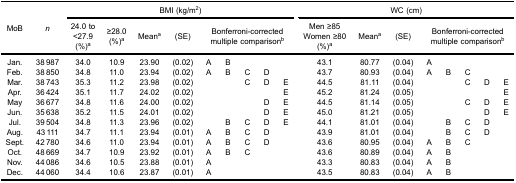
<table><thead><tr><td rowspan="3"><b>MoB</b></td><td rowspan="3"><b><i>n</i></b></td><td colspan="9"><b>BMI (kg/m<sup>2</sup>)</b></td><td colspan="8"><b>WC (cm)</b></td></tr><tr><td><b>24.0 to&lt;27.9(%)<sup>a</sup></b></td><td><b>≥28.0(%)<sup>a</sup></b></td><td><b>Mean<sup>a</sup></b></td><td><b>(SE)</b></td><td colspan="5"><b>Bonferroni-correctedmultiple comparison<sup>b</sup></b></td><td><b>Men ≥85Women ≥80(%)<sup>a</sup></b></td><td><b>Mean<sup>a</sup></b></td><td><b>(SE)</b></td><td colspan="5"><b>Bonferroni-correctedmultiple comparison<sup>b</sup></b></td></tr></thead><tbody><tr><td>Jan.</td><td>38 987</td><td>34.0</td><td>10.9</td><td>23.90</td><td>(0.02)</td><td>A</td><td>B</td><td> </td><td> </td><td> </td><td>43.1</td><td>80.77</td><td>(0.04)</td><td>A</td><td> </td><td> </td><td> </td><td> </td></tr><tr><td>Feb.</td><td>38 850</td><td>34.8</td><td>11.0</td><td>23.94</td><td>(0.02)</td><td>A</td><td>B</td><td>C</td><td>D</td><td> </td><td>43.7</td><td>80.93</td><td>(0.04)</td><td>A</td><td>B</td><td>C</td><td> </td><td> </td></tr><tr><td>Mar.</td><td>38 743</td><td>35.3</td><td>11.2</td><td>23.98</td><td>(0.02)</td><td> </td><td> </td><td>C</td><td>D</td><td>E</td><td>44.5</td><td>81.11</td><td>(0.04)</td><td> </td><td> </td><td>C</td><td>D</td><td>E</td></tr><tr><td>Apr.</td><td>36 424</td><td>35.1</td><td>11.7</td><td>24.02</td><td>(0.02)</td><td> </td><td> </td><td> </td><td> </td><td>E</td><td>45.2</td><td>81.24</td><td>(0.05)</td><td> </td><td> </td><td> </td><td> </td><td>E</td></tr><tr><td>May</td><td>36 677</td><td>34.8</td><td>11.6</td><td>24.00</td><td>(0.02)</td><td> </td><td> </td><td> </td><td>D</td><td>E</td><td>44.5</td><td>81.14</td><td>(0.05)</td><td> </td><td> </td><td>C</td><td>D</td><td>E</td></tr><tr><td>Jun.</td><td>35 638</td><td>35.2</td><td>11.5</td><td>24.01</td><td>(0.02)</td><td> </td><td> </td><td> </td><td>D</td><td>E</td><td>45.0</td><td>81.21</td><td>(0.05)</td><td> </td><td> </td><td> </td><td>D</td><td>E</td></tr><tr><td>Jul.</td><td>39 504</td><td>34.8</td><td>11.3</td><td>23.96</td><td>(0.02)</td><td> </td><td>B</td><td>C</td><td>D</td><td>E</td><td>44.1</td><td>81.01</td><td>(0.04)</td><td> </td><td>B</td><td>C</td><td>D</td><td> </td></tr><tr><td>Aug.</td><td>43 111</td><td>34.7</td><td>11.1</td><td>23.94</td><td>(0.01)</td><td>A</td><td>B</td><td>C</td><td>D</td><td> </td><td>43.9</td><td>81.01</td><td>(0.04)</td><td> </td><td>B</td><td>C</td><td>D</td><td> </td></tr><tr><td>Sept.</td><td>42 780</td><td>34.6</td><td>11.0</td><td>23.94</td><td>(0.01)</td><td>A</td><td>B</td><td>C</td><td>D</td><td> </td><td>43.6</td><td>80.95</td><td>(0.04)</td><td>A</td><td>B</td><td>C</td><td> </td><td> </td></tr><tr><td>Oct.</td><td>48 669</td><td>34.7</td><td>10.9</td><td>23.92</td><td>(0.01)</td><td>A</td><td>B</td><td>C</td><td> </td><td> </td><td>43.6</td><td>80.89</td><td>(0.04)</td><td>A</td><td>B</td><td> </td><td> </td><td> </td></tr><tr><td>Nov.</td><td>44 086</td><td>34.6</td><td>10.5</td><td>23.88</td><td>(0.01)</td><td>A</td><td> </td><td> </td><td> </td><td> </td><td>43.3</td><td>80.83</td><td>(0.04)</td><td>A</td><td>B</td><td> </td><td> </td><td> </td></tr><tr><td>Dec.</td><td>44 060</td><td>34.4</td><td>10.6</td><td>23.87</td><td>(0.01)</td><td>A</td><td> </td><td> </td><td> </td><td> </td><td>43.5</td><td>80.83</td><td>(0.04)</td><td>A</td><td>B</td><td> </td><td> </td><td> </td></tr></tbody></table>